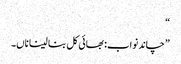
“
”چاند نواب: بھائی کل بنا لینا ناں۔